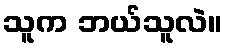
သူက ဘယ်သူလဲ။